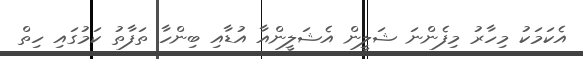
އެކަމަކު މިހާރު މިފެންނަ ޝަލީން އެޝަލީންއާ އުޑާއި ބިންހާ ތަފާތު ކަމުގައި ހިތް